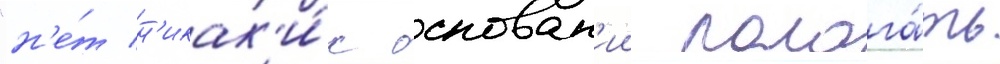
"н'е́т н'икак'и́х основан'ии полага́ть